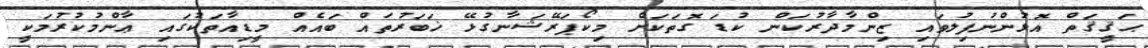
ޙަޤީޤަތް އޮޅުންނުފިލުވައި ޒިންމާދާރުކަން ކުޑަ ގޮތަކަށް މިކޯޕަރޭޝަނާގުޅޭ ޚަބަރުތައް ބައެއް މީޑިއާތަކުގައި ޢާންމުކުރުމަކީ